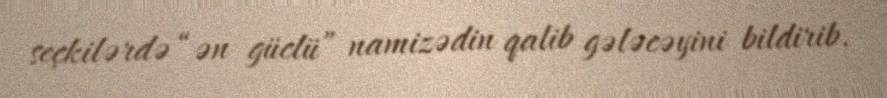
seçkilərdə “ən güclü” namizədin qalib gələcəyini bildirib.